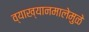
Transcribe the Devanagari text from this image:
व्याख्यानमालेमुळे